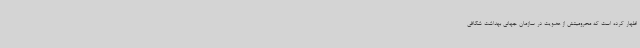
اظهار کرده است که محرومیتش از عضویت در سازمان جهانی بهداشت شکافی